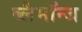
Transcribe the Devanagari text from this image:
ब्लैमॉन्ज